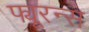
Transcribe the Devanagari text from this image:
फ्यूरन्स